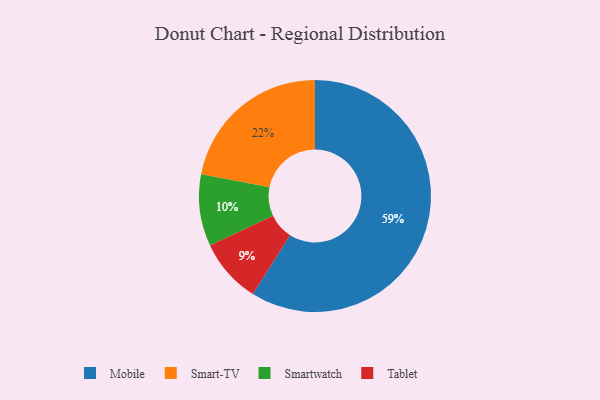
{"axis": {"x": "Category", "y": "Percentage"}, "legend": ["Mobile", "Smart-TV", "Smartwatch", "Tablet"], "data": [{"x": "Tablet", "y": 9, "type": "Tablet"}, {"x": "Smart-TV", "y": 22, "type": "Smart-TV"}, {"x": "Smartwatch", "y": 10, "type": "Smartwatch"}, {"x": "Mobile", "y": 59, "type": "Mobile"}]}